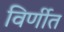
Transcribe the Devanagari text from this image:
विर्णीत